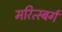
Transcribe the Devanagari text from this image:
मरित्स्बर्ग